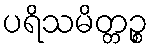
ပရိသမိတ္တဉ္စ